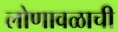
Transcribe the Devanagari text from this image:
लोणावळाची